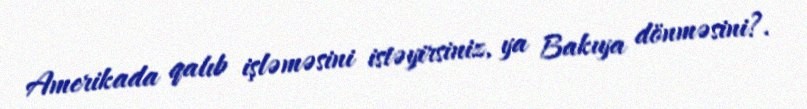
Amerikada qalıb işləməsini istəyirsiniz, ya Bakıya dönməsini?.